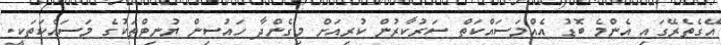
އޭގެތެރޭގައި އެންމެ ބޮޑު އެއްމަސައްކަތް ސަރުކާރުން ކުރިއަށް މިގެންދާ ހައުސިން ޔުނިޓްތަކުގެ މަސައްކަތަކީ.